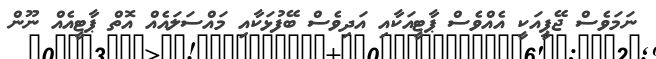
ނަމަވެސް ޖޭޕީއަކީ އެއްވެސް ޕާޓީއަކާއި އަދިވެސް ބޭފުޅަކާއި މައްސަލައެއް އޮތް ޕާޓީއެއް ނޫން